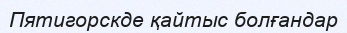
Пятигорскде қайтыс болғандар